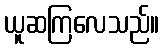
ယူဆကြလေသည်။